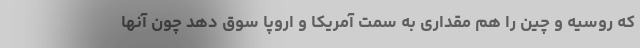
که روسیه و چین را هم مقداری به سمت آمریکا و اروپا سوق دهد چون آنها